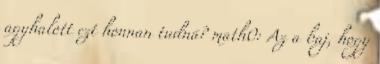
agyhalott ezt honnan tudná? math0: Az a baj, hogy